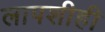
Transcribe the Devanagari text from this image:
लापशीही